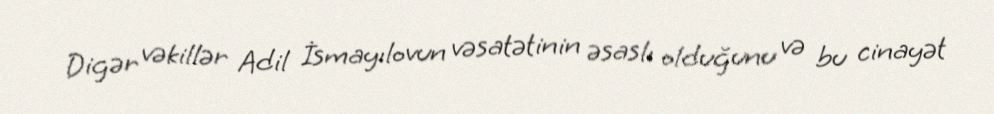
Digər vəkillər Adil İsmayılovun vəsatətinin əsaslı olduğunu və bu cinayət